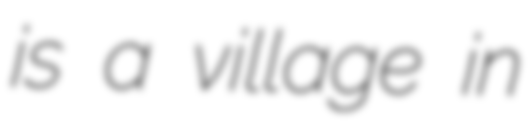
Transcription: is a village in